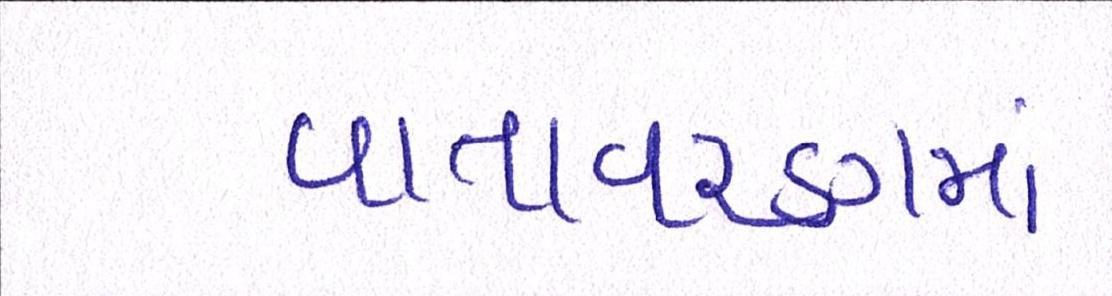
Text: વાતાવરણમાં